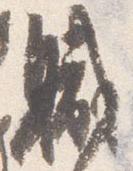
職